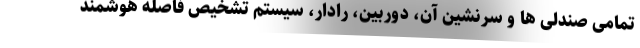
تمامی صندلی ها و سرنشین آن، دوربین، رادار، سیستم تشخیص فاصله هوشمند